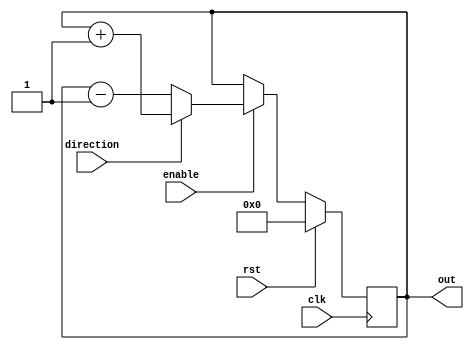
module counterUpDown
(
 input clk,
 input rst,

 input enable,
 input direction,

 output reg [6:0] out
);

always@(posedge clk)
begin
 if(rst)
   out<= 0;
 else
   begin
     if(enable)
   	begin
	  if(direction)
	     out <= out + 1;
	  else
           if(!direction)
	     out<=out -1;
	end
   end
     
end


endmodule